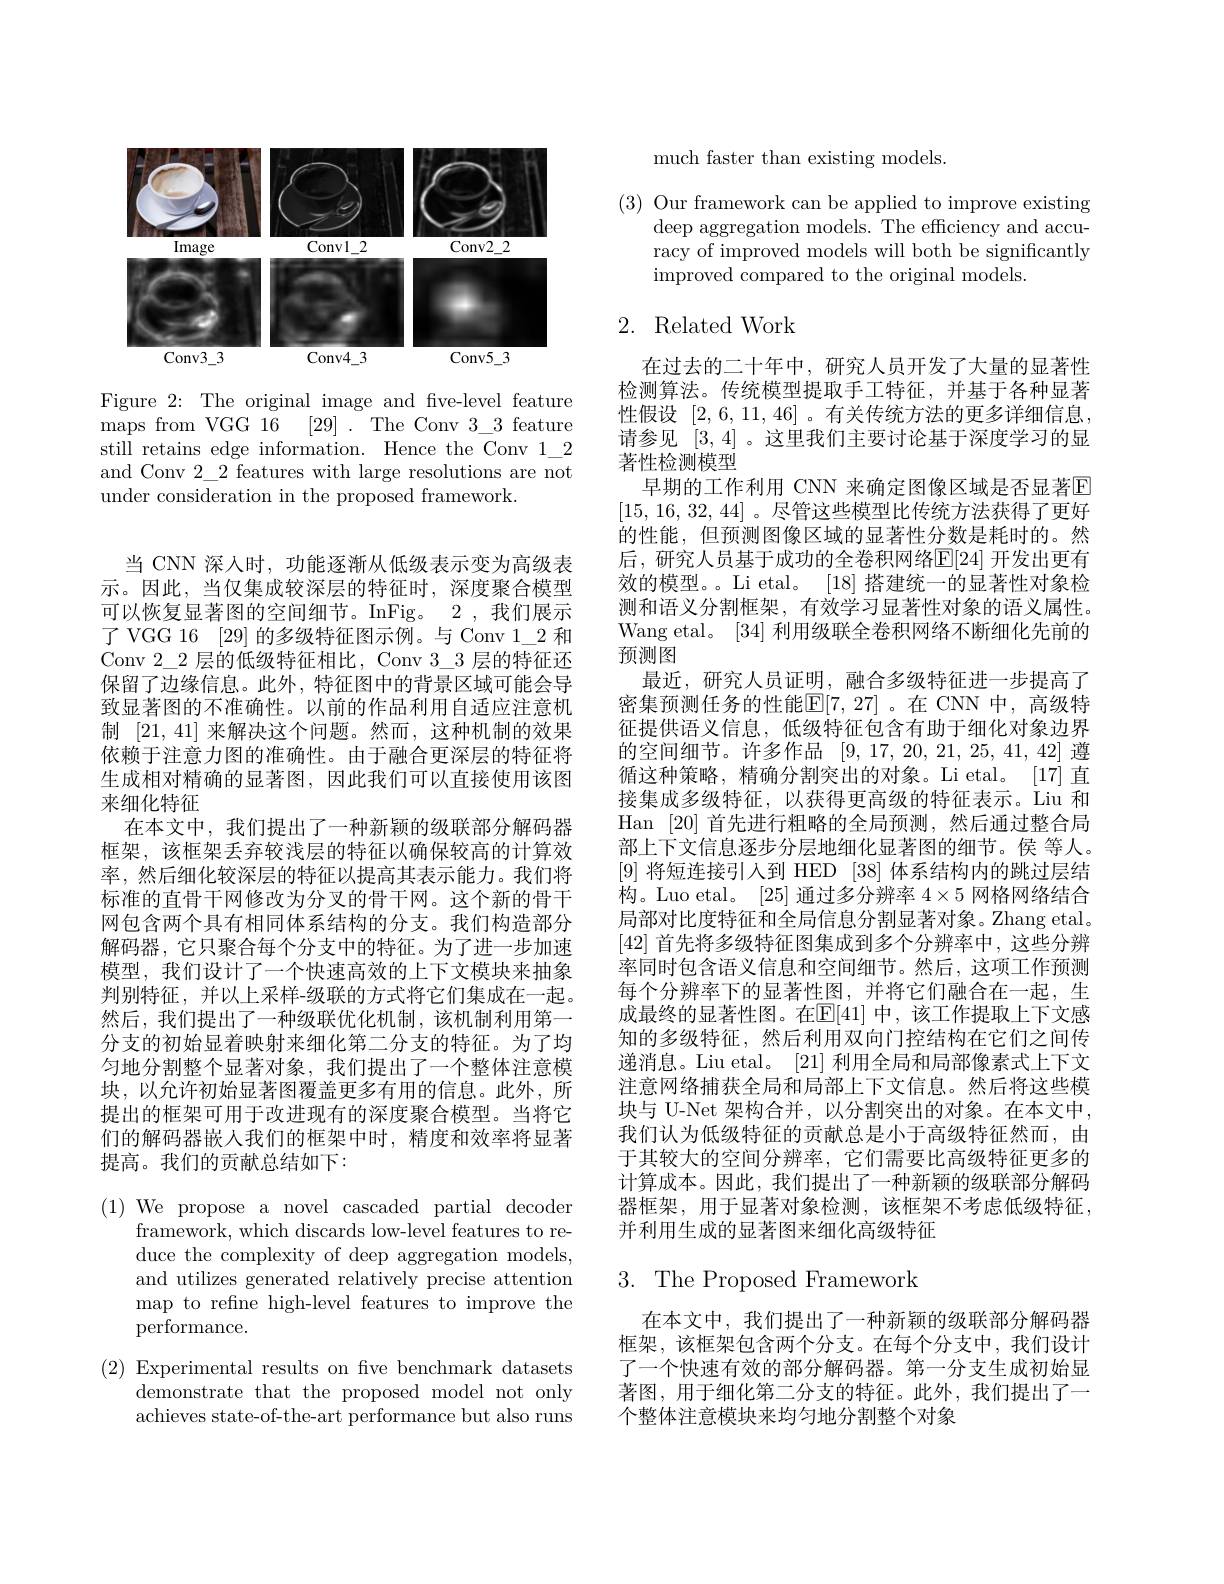
<FigureHere>

Figure 2: The original image and fve-level feature still retains edge information. Hence the Conv $1\_2$ and Conv 2\_2 features with large resolutions are not under consideration in the proposed framework.

当 CNN 深人时，功能逐渐从低级表示变为高级表示。因此，当仅集成较深层的特征时，深度聚合模型可以恢复显著图的空间细节。InFig。2 ,我们展示了 VGG 16 {[29]}的多级特征图示例。与 Conv 1\_2 和Conv 2\_2 层的低级特征相比，Conv 3\_3 层的特征还保留了边缘信息。此外，特征图中的背景区域可能会导致显著图的不准确性。以前的作品利用自适应注意机制[21,41]来解决这个问题。然而，这种机制的效果依赖于注意力图的准确性。由于融合更深层的特征将生成相对精确的显著图，因此我们可以直接使用该图来细化特征
在本文中，我们提出了一种新颖的级联部分解码器框架，该框架丢弃较浅层的特征以确保较高的计算效率，然后细化较深层的特征以提高其表示能力。我们将标准的直骨干网修改为分叉的骨干网。这个新的骨干网包含两个具有相同体系结构的分支。我们构造部分解码器，它只聚合每个分支中的特征。为了进一步加速模型，我们设计了一个快速高效的上下文模块来抽象判别特征，并以上采样-级联的方式将它们集成在一起。然后，我们提出了一种级联优化机制，该机制利用第一分支的初始显着映射来细化第二分支的特征。为了均匀地分割整个显著对象，我们提出了一个整体注意模块，以允许初始显著图覆盖更多有用的信息。此外，所提出的框架可用于改进现有的深度聚合模型。当将它们的解码器嵌人我们的框架中时，精度和效率将显著提高。我们的贡献总结如下：

(1) We propose a novel cascaded partial decoder
framework, which discards low-level features to reduce the complexity of deep aggregation models, and utilizes generated relatively precise attention map to refine high-level features to improve the performance.
(2) Experimental results on five benchmark datasets
demonstrate that the proposed model not only achieves state-of-the-art performance but also runs

much faster than existing models.

(3) Our framework can be applied to improve existing
deep aggregation models. The effciency and accuracy of improved models will both be significantly improved compared to the original models.

## 2. Related Work

在过去的二十年中，研究人员开发了大量的显著性检测算法。传统模型提取手工特征，并基于各种显著性假设[2,6,11,46] 。有关传统方法的更多详细信息， 请参见[3,4] 。这里我们主要讨论基于深度学习的显著性检测模型
早期的工作利用 CNN 来确定图像区域是否显著$\overline{\mathrm{E}}$ [15,16,32,44]。尽管这些模型比传统方法获得了更好的性能，但预测图像区域的显著性分数是耗时的。然后，研究人员基于成功的全卷积网络$\mathbb{E}[24]$ 开发出更有效的模型。。Li etal。[18] 搭建统一的显著性对象检测和语义分割框架，有效学习显著性对象的语义属性。Wang etal。[34]利用级联全卷积网络不断细化先前的预测图
最近，研究人员证明，融合多级特征进一步提高了密集预测任务的性能$\mathbb{E}[7,27]$。在 CNN 中，高级特征提供语义信息，低级特征包含有助于细化对象边界的空间细节。许多作品[9,17,20,21,25,41,42]遵循这种策略，精确分割突出的对象。Li etal。[17]直接集成多级特征，以获得更高级的特征表示。Liu 和Han [20]首先进行粗略的全局预测，然后通过整合局部上下文信息逐步分层地细化显著图的细节。侯 等人。[9]将短连接引人到 HED [38]体系结构内的跳过层结构。Luo etal。[25]通过多分辨率$4\times5$网格网络结合局部对比度特征和全局信息分割显著对象。Zhang etal。[42]首先将多级特征图集成到多个分辨率中，这些分辨率同时包含语义信息和空间细节。然后，这项工作预测每个分辨率下的显著性图，并将它们融合在一起，生成最终的显著性图。在$\mathbb{E}[41]$ 中，该工作提取上下文感知的多级特征，然后利用双向门控结构在它们之间传递消息。Liu etal。[21]利用全局和局部像素式上下文注意网络捕获全局和局部上下文信息。然后将这些模块与 U-Net 架构合并，以分割突出的对象。在本文中， 我们认为低级特征的贡献总是小于高级特征然而，由于其较大的空间分辨率，它们需要比高级特征更多的计算成本。因此，我们提出了一种新颖的级联部分解码器框架，用于显著对象检测，该框架不考虑低级特征， 并利用生成的显著图来细化高级特征

## $3.{\mathrm{~The~Proposed~Framework}}$

在本文中，我们提出了一种新颖的级联部分解码器框架，该框架包含两个分支。在每个分支中，我们设计了一个快速有效的部分解码器。第一分支生成初始显著图，用于细化第二分支的特征。此外，我们提出了一个整体注意模块来均匀地分割整个对象